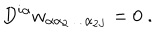
LaTeX: D ^ { i \alpha } w _ { \alpha \alpha _ { 2 } \ldots \alpha _ { 2 J } } = 0 \; .